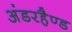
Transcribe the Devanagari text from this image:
अंडरहैण्ड